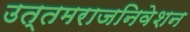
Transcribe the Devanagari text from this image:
उत्तमराजनिवेशन